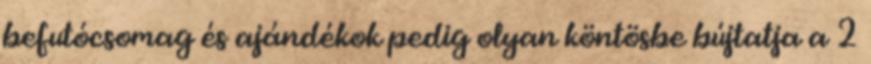
befutócsomag és ajándékok pedig olyan köntösbe bújtatja a 2